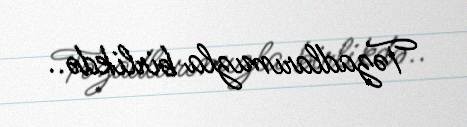
Təzadlarımızla birlikdə..